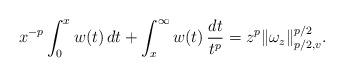
LaTeX: \begin{align*}x^{-p}\int_0^xw(t)\,dt+\int_x^\infty w(t)\,\frac{dt}{t^p}=z^p\|\omega_z\|_{p/2,v}^{p/2}.\end{align*}